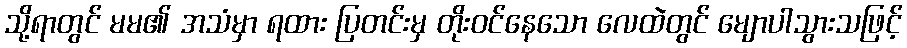
သို့ရာတွင် မမ၏ အသံမှာ ရထား ပြတင်းမှ တိုးဝင်နေသော လေထဲတွင် မျောပါသွားသဖြင့်